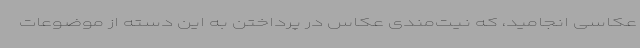
عکاسی انجامید، که نیت‌مندی عکاس در پرداختن به این دسته از موضوعات